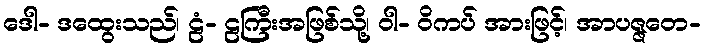
ဒေါ- ဒထွေးသည်၊ ဠံ- ဠကြီးအဖြစ်သို့၊ ဝါ- ဝိကပ် အားဖြင့်၊ အာပဇ္ဇတေ-